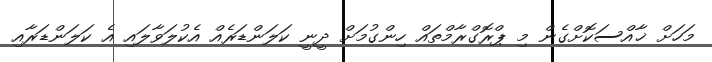
މަހަަށް ޚާއްސަކޮށްގެން މި ޕްރޮގްރާމްތައް ހިންގުމަށް ދީނީ ކަލަންޑަރެއް އެކުލަވާލައި އެ ކަލަންޑަރާއި